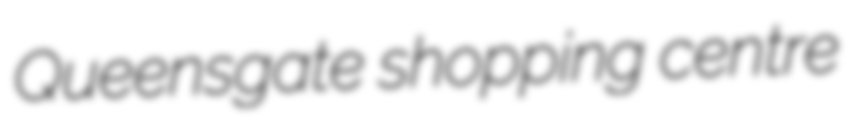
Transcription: Queensgate shopping centre